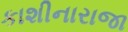
કાશીનારાજા